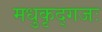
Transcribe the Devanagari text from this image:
मधुकृद्गजः